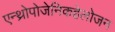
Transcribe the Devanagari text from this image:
एन्थ्रोपोजेनिकहेलोजन